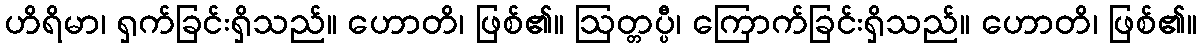
ဟိရိမာ၊ ရှက်ခြင်းရှိသည်။ ဟောတိ၊ ဖြစ်၏။ ဩတ္တပ္ပီ၊ ကြောက်ခြင်းရှိသည်။ ဟောတိ၊ ဖြစ်၏။